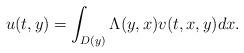
LaTeX: \begin{align*} u(t, y) = \int_{D(y)} \Lambda(y, x) v(t, x, y) dx.\end{align*}